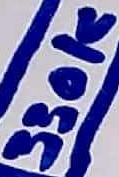
Text: 330K